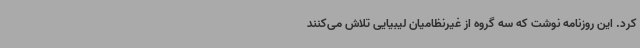
کرد. این روزنامه نوشت که سه گروه از غیرنظامیان لیبیایی تلاش می‌کنند